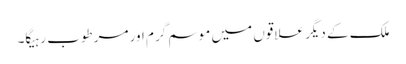
ملک کے دیگر علاقوں میں موسم گرم اور مرطوب رہیگا۔